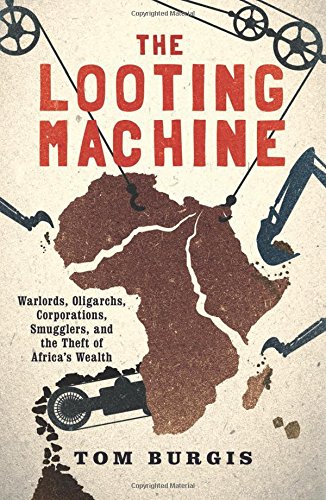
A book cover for The Looting Machine: Warlords, Oligarchs, Corporations, Smugglers, and the Theft of Africa's Wealth; Tom Burgis; Business & Money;